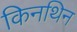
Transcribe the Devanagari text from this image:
किनथिन